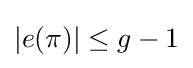
|e(\pi )|\leq g-1